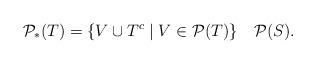
\begin{align*}\mathcal P_{*}(T) = \{V\cup T^{c}\mid V\in \mathcal P(T)\}\,\ \,\ \mathcal P(S). \end{align*}